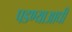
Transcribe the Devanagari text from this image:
पडण्याआधी